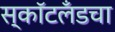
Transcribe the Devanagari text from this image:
स्कॉटलँडचा